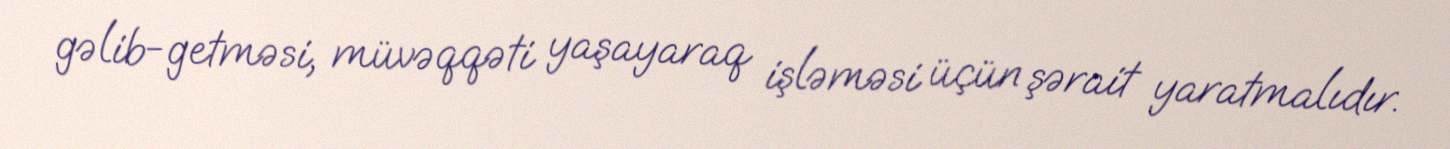
gəlib-getməsi, müvəqqəti yaşayaraq işləməsi üçün şərait yaratmalıdır.